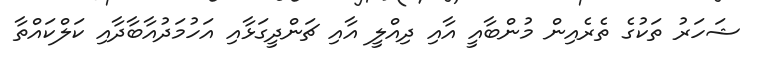
ޝަހަރު ތަކުގެ ތެރެއިން މުންބާއީ އާއި ދިއްލީ އާއި ޗަންދީގަޅާއި އަހުމަދުއާބާދާއި ކަލްކައްތާ